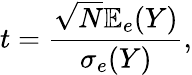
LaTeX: t=\frac{\sqrt{N}{\mathbb E}_{e}(Y)}{{\sigma_{e}(Y)}},